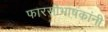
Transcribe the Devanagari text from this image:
फारसीभाषकांनी